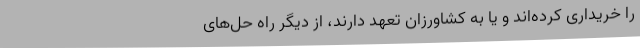
را خریداری کرده‌اند و یا به کشاورزان تعهد دارند، از دیگر راه حل‌های